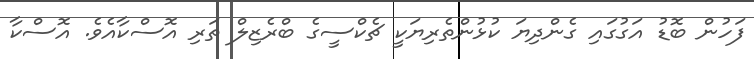
ފަހުން ބޮޑު އަގުގައި ގެންދިޔަ ކުޅުންތެރިޔަކީ ޗެކްސީގެ ބްރެޒިލް ތަރި އޮސްކާއެވެ. އޮސްކާ